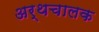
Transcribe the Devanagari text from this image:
अर्थचालक